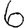
Digit: 6